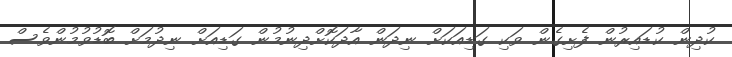
ކުދިން ކުޑައިރުން ފެށިގެން ވަކި ގަޑިއަކަށް ނިދަން އާދަކޮށްދިނުމުން ގަޑިއަށް ނިދުމަށް ބޮޑުވުމުންވެސް